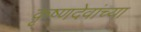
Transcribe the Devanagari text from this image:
कृष्णदेवांच्या